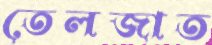
তেলজাত